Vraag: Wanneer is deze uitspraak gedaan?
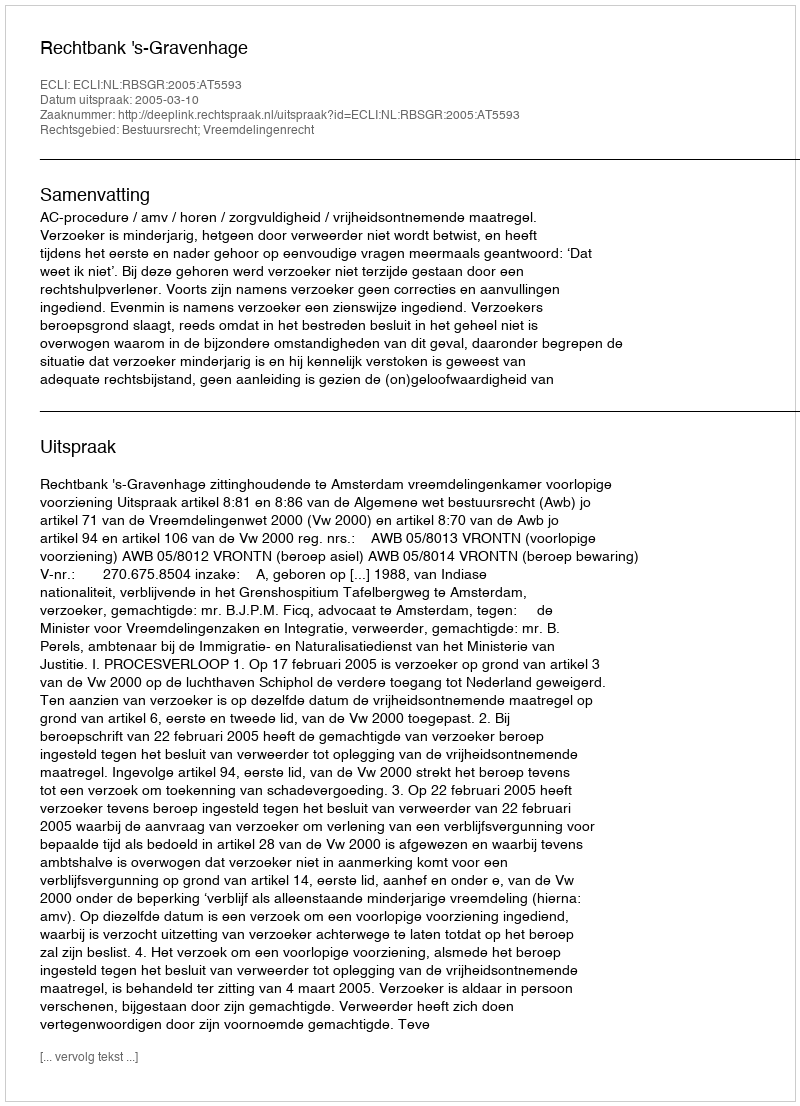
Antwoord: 2005-03-10